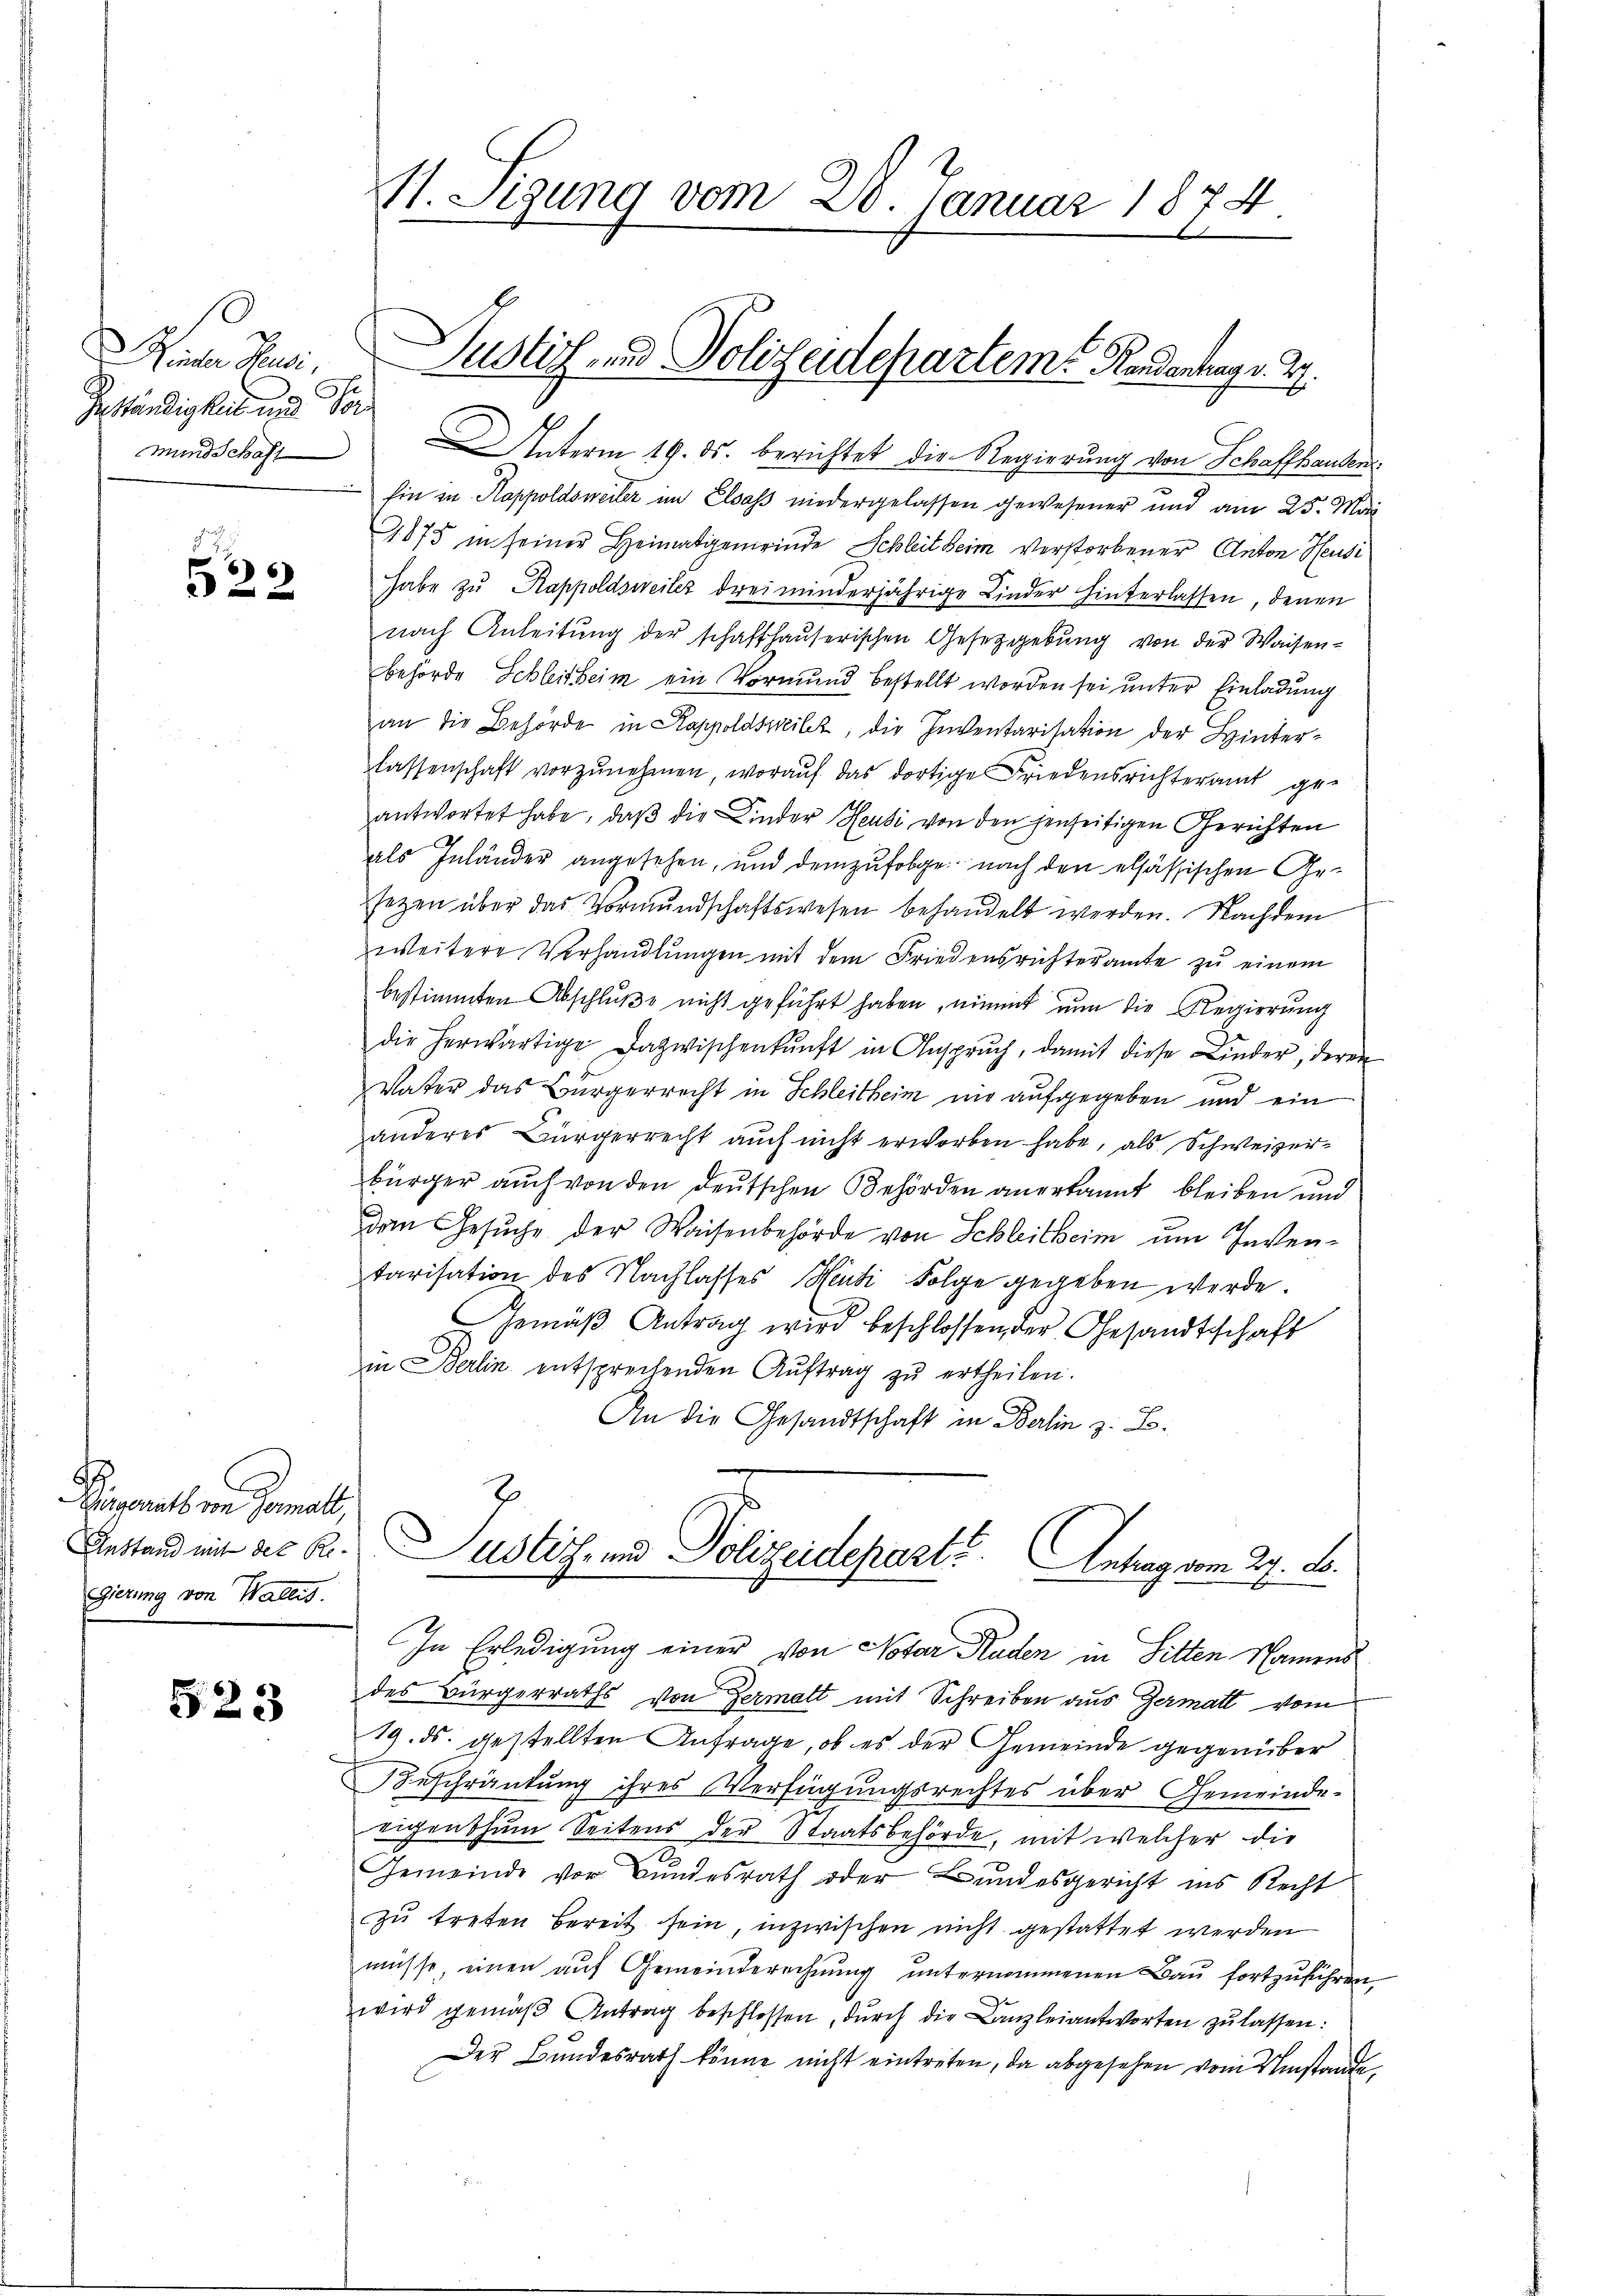
Rinter Hausi,
Geständigkeit und Vormund Schaft

f

Peperath ein Gemals
gierung von Wallis.

523

Interm 19. ds. berichtet die Regierung von Schaffhanden
Ein zu Kappoldsweiler im Elsass niedergelassen gewesener und am 25. Mai
1875 in seiner Heimatgemeinde Schleit beim Verstorbener Anton Heusi
habe zu Rappoldsweiles drei minderjährige Kinder hinterlassen, denen
nach Anleitŭng der schaffhaŭserischen Gesetzgebŭng von der Waisen-
behörde Schleitheim ein Vormund bestellt worden sei unter Einladung
an die Behörde in Kappoldsweilt, die Inventarisation der Hinter¬
Klassenschaft vorzunehmen, worauf das dortige Friedensrichteramt geantwortet habe, daβ die Kinder Heusi von den jenseitigen Gerichten
als Inländer angesehen, und demzufolge nach den elsässischen Gesezen über das Vormundschaftswesen behandelt werden. Nachdem
weitere Verhandlungen mit dem Friedensrichteramte zu einem
bestimmten Abschluße nicht geführt haben, nimmt nun die Regierung
die herwärtige Dazwischenkunft in Ansprŭch, damit diese Linder, deren
Vater das Bürgerrecht in Schleitheim nie aufgegeben und ein
anderes Bürgerrecht auch nicht erworben habe, als Schweizerbürger auch von den deutschen Behörden anerkannt bleiben und
den Gesuche der Waisenbehörde von Schleitheim um Inventarisation des Nachlasses Heute Folge gegeben werde.
Gemäß Antrag wird beschlossen, der Gesandtschaft
in Berlin entsprechenden Aŭftrag zŭ ertheilen.
An die Gesandtschaft in Berlin z. B.

. Sigung vom 20. Januar 1874

Justiz und Polizeidepartem Randentrag v. J.

Anstand mit der B. Zustiz- und Polizeidepart. Antrag vom 27. B.

In Erledigung einer von Notar Raden in Sitten Namens
des Bürgerraths von Zermalt mit Schreiben aus Zermatt vom
19. ds. gestellten Anfrage, ob es der Gemeinde gegenüber
Beschränkung ihres Verfügungsrechtes über Gemeinde-
eigenthum Seitens der Staatsbehörde, mit welcher die
Gemeinde vor Bundesrath oder Bundesgericht ins Recht
zŭ treten bereit sein, inzwischen nicht gestattet werden
müsse, einen auf Gemeinderechnung unternommenen Bau fortzuführen,
wird gemäβ Antrag beschlossen, durch die Canzleiantworten zu lassen:
Der Bundesrath könne nicht eintreten, da abgesehen vom Umstande